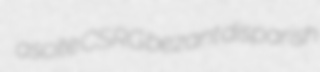
ascite CSRG bezant disparish